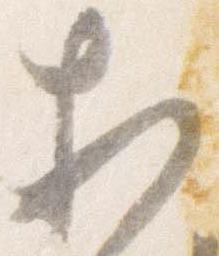
相